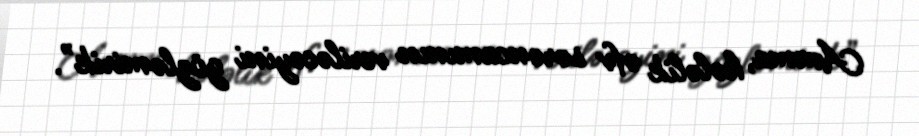
Amma, hələlik əfv sərəncamının veriləcəyini gözləmirik”.